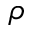
\rho